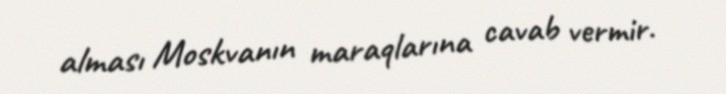
alması Moskvanın maraqlarına cavab vermir.